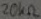
Text: 20KΩ